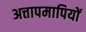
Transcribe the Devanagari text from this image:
अत्तापमापियों